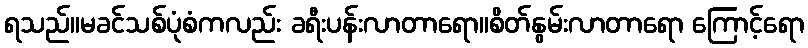
ရသည်။မခင်သစ်ပုံစံကလည်း ခရီးပန်းလာတာရော။စိတ်နွမ်းလာတာရော ကြောင့်ရော